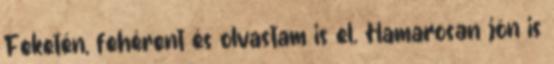
Feketén, fehérent és olvastam is el. Hamarosan jön is